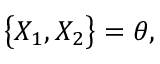
\big \{ X _ { 1 } , X _ { 2 } \big \} = \theta ,